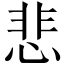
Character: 悲